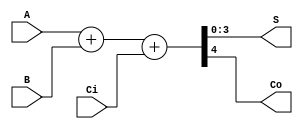
module M74HC283 (
    input  [3:0]                A,
    input  [3:0]                B,
    input                       Ci,
           
    output [3:0]                S,
    output                      Co
);

// you can implement by using basic logic here
assign {Co, S[3:0]} = A[3:0] + B[3:0] + {3'b0, Ci};

endmodule